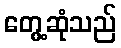
တွေ့ဆုံသည်